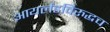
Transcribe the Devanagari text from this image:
आयर्लंडविरुद्धच